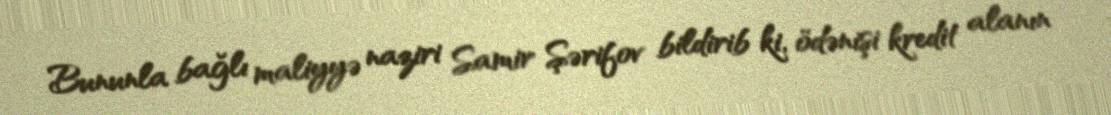
Bununla bağlı maliyyə naziri Samir Şərifov bildirib ki, ödənişi kredit alanın